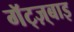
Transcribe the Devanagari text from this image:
गॅट्ज़्बाइ